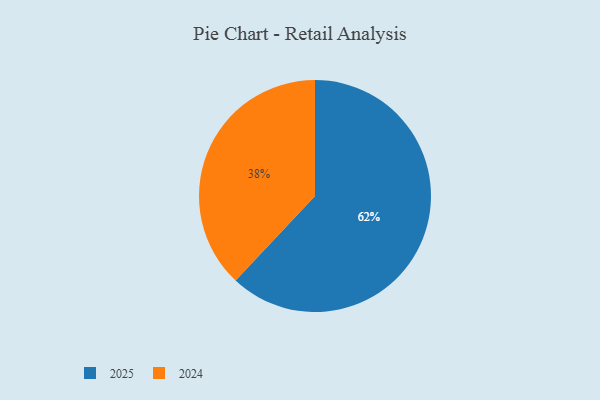
{"axis": {"x": "Category", "y": "Percentage"}, "legend": ["2024", "2025"], "data": [{"x": "2024", "y": 38, "type": "2024"}, {"x": "2025", "y": 62, "type": "2025"}]}